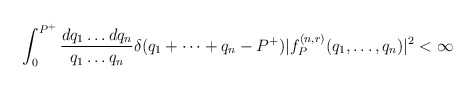
\begin{align*}\int_0^{P^+} {dq_1 \dots dq_n \over q_1 \dots q_n}\delta(q_1 + \cdots + q_n - P^+)|f^{(n,r)}_P(q_1,\dots,q_n )|^2 < \infty\end{align*}